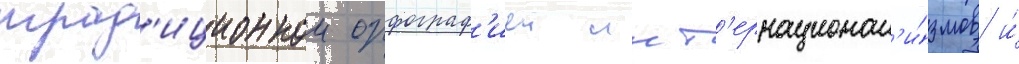
трад'иционнои орфограф'иеи инт'ернационал'и́змов и́